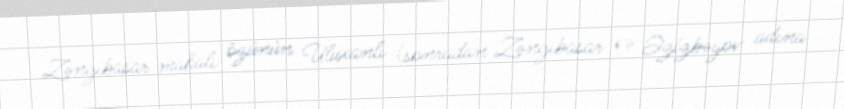
Zəngibasar mahalı özünün Uluxanlı (sonradan Zəngibasar və Əzizbəyov adına